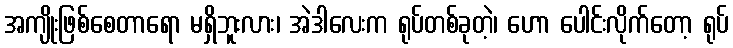
အကျိုးဖြစ်စေတာရော မရှိဘူးလား၊ အဲဒါလေးက ရုပ်တစ်ခုတဲ့၊ ဟော ပေါင်းလိုက်တော့ ရုပ်